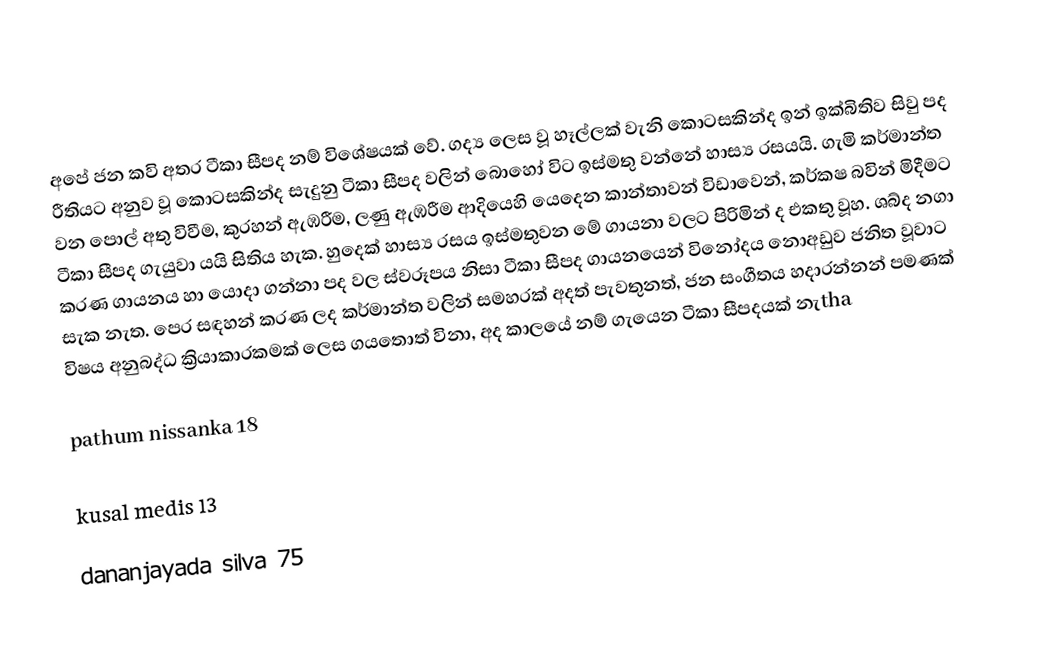
අපේ ජන කවි අතර ටීකා සීපද නම් විශේෂයක් වේ. ගද්‍ය ලෙස වූ හෑල්ලක් වැනි කොටසකින්ද ඉන් ඉක්බිතිව සිවු පද රීතියට අනුව වූ කොටසකින්ද සැදුනු ටීකා සීපද වලින් බොහෝ විට ඉස්මතු වන්නේ හාස්‍ය රසයයි. ගැමි කර්මාන්ත වන පොල් අතු විවීම, කුරහන් ඇඹරීම, ලණු ඇඹරීම ආදියෙහි යෙදෙන කාන්තාවන් විඩාවෙන්, කර්කෂ බවින් මිදීමට ටීකා සීපද ගැයුවා යයි සිතිය හැක. හුදෙක් හාස්‍ය රසය ඉස්මතුවන මේ ගායනා වලට පිරිමින් ද එකතු වූහ. ශබ්ද නගා කරණ ගායනය හා යොදා ගන්නා පද වල ස්වරූපය නිසා ටීකා සීපද ගායනයෙන් විනෝදය නොඅඩුව ජනිත වූවාට සැක නැත. පෙර සඳහන් කරණ ලද කර්මාන්ත වලින් සමහරක් අදත් පැවතුනත්, ජන සංගීතය හදාරන්නන් පමණක් විෂය අනුබද්ධ ක්‍රියාකාරකමක් ලෙස ගයතොත් විනා, අද කාලයේ නම් ගැයෙන ටීකා සීපදයක් නැtha

pathum nissanka 18

kusal medis 13

dananjayada silva 75